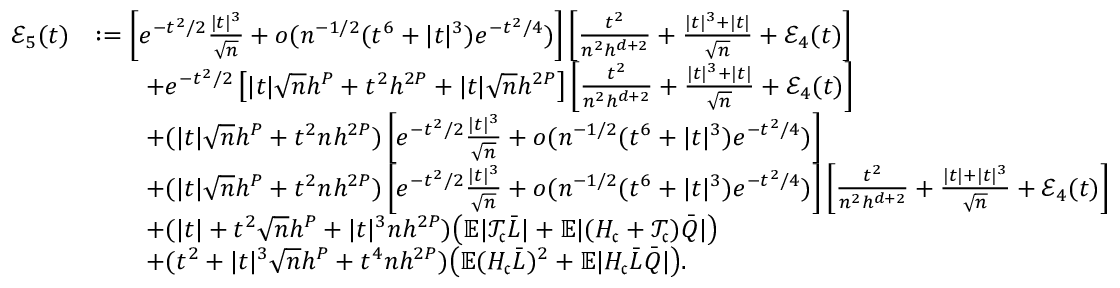
\begin{array} { r l } { \mathcal { E } _ { 5 } ( t ) } & { : = \left[ e ^ { - t ^ { 2 } / 2 } \frac { | t | ^ { 3 } } { \sqrt { n } } + o ( n ^ { - 1 / 2 } ( t ^ { 6 } + | t | ^ { 3 } ) e ^ { - t ^ { 2 } / 4 } ) \right] \left[ \frac { t ^ { 2 } } { n ^ { 2 } h ^ { d + 2 } } + \frac { | t | ^ { 3 } + | t | } { \sqrt { n } } + \mathcal { E } _ { 4 } ( t ) \right] } \\ & { \qquad + e ^ { - t ^ { 2 } / 2 } \left[ | t | \sqrt { n } h ^ { P } + t ^ { 2 } h ^ { 2 P } + | t | \sqrt { n } h ^ { 2 P } \right] \left[ \frac { t ^ { 2 } } { n ^ { 2 } h ^ { d + 2 } } + \frac { | t | ^ { 3 } + | t | } { \sqrt { n } } + \mathcal { E } _ { 4 } ( t ) \right] } \\ & { \qquad + ( | t | \sqrt { n } h ^ { P } + t ^ { 2 } n h ^ { 2 P } ) \left[ e ^ { - t ^ { 2 } / 2 } \frac { | t | ^ { 3 } } { \sqrt { n } } + o ( n ^ { - 1 / 2 } ( t ^ { 6 } + | t | ^ { 3 } ) e ^ { - t ^ { 2 } / 4 } ) \right] } \\ & { \qquad + ( | t | \sqrt { n } h ^ { P } + t ^ { 2 } n h ^ { 2 P } ) \left[ e ^ { - t ^ { 2 } / 2 } \frac { | t | ^ { 3 } } { \sqrt { n } } + o ( n ^ { - 1 / 2 } ( t ^ { 6 } + | t | ^ { 3 } ) e ^ { - t ^ { 2 } / 4 } ) \right] \left[ \frac { t ^ { 2 } } { n ^ { 2 } h ^ { d + 2 } } + \frac { | t | + | t | ^ { 3 } } { \sqrt { n } } + \mathcal { E } _ { 4 } ( t ) \right] } \\ & { \qquad + ( | t | + t ^ { 2 } \sqrt { n } h ^ { P } + | t | ^ { 3 } n h ^ { 2 P } ) \big ( \mathbb { E } | \mathcal { T } _ { \mathfrak { c } } \bar { L } | + \mathbb { E } | ( H _ { \mathfrak { c } } + \mathcal { T } _ { \mathfrak { c } } ) \bar { Q } | \big ) } \\ & { \qquad + ( t ^ { 2 } + | t | ^ { 3 } \sqrt { n } h ^ { P } + t ^ { 4 } n h ^ { 2 P } ) \big ( \mathbb { E } ( H _ { \mathfrak { c } } \bar { L } ) ^ { 2 } + \mathbb { E } | H _ { \mathfrak { c } } \bar { L } \bar { Q } | \big ) . } \end{array}